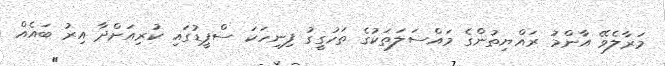
މަރާލެވޭ އާންމު ރައްޔިތުންގެ މައްސަލަތަކުގެ ތަހުގީގު ފިނިހަކަ ސްޕީޑުގައި ކުރިއަށްދާ އިރު ބައެއް